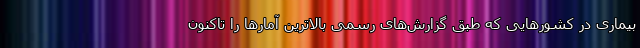
بیماری در کشورهایی که طبق گزارش‌های رسمی بالاترین آمارها را تاکنون